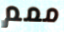
ممم